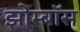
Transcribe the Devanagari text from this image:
झोम्बॉस